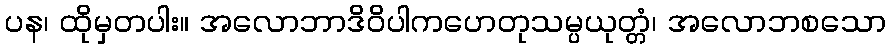
ပန၊ ထိုမှတပါး။ အလောဘာဒိဝိပါကဟေတုသမ္ပယုတ္တံ၊ အလောဘစသော